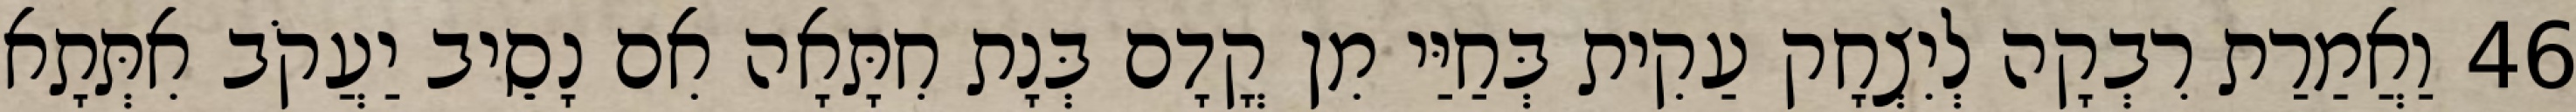
46 וַאֲמַרַת רִבְקָה לְיִצְחָק עַקִית בְּחַיַּי מִן קֳדָם בְּנָת חִתָּאָה אִם נָסֵיב יַעֲקֹב אִתְּתָא